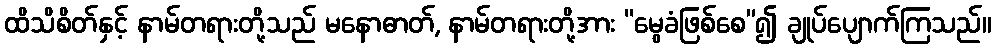
ထိသိစိတ်နှင့် နာမ်တရားတို့သည် မနောဓာတ်, နာမ်တရားတို့အား “မွေခံဖြစ်စေ”၍ ချုပ်ပျောက်ကြသည်။